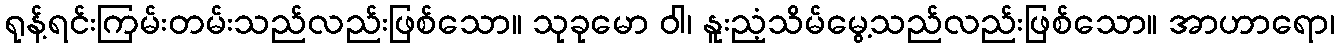
ရုန့်ရင်းကြမ်းတမ်းသည်လည်းဖြစ်သော။ သုခုမော ဝါ၊ နူးညံ့သိမ်မွေ့သည်လည်းဖြစ်သော။ အာဟာရော၊